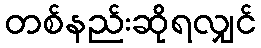
တစ်နည်းဆိုရလျှင်